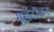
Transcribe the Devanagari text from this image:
मूर्सटाउन